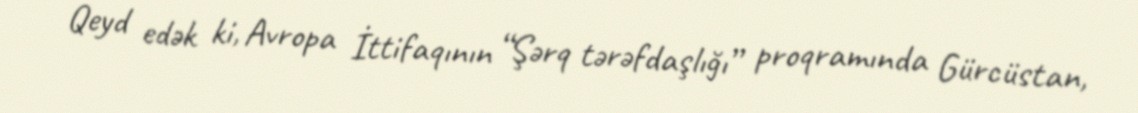
Qeyd edək ki, Avropa İttifaqının “Şərq tərəfdaşlığı” proqramında Gürcüstan,